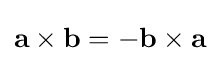
\mathbf {a\times b} =-\mathbf {b\times a}